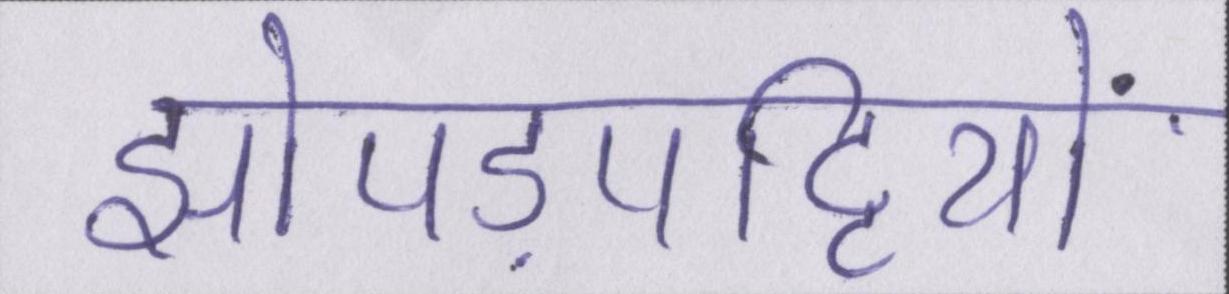
झोपड़पट्टियों